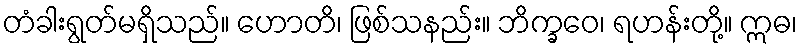
တံခါးရွတ်မရှိသည်။ ဟောတိ၊ ဖြစ်သနည်း။ ဘိက္ခဝေ၊ ရဟန်းတို့။ ဣဓ၊